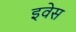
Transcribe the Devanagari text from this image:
इवेस